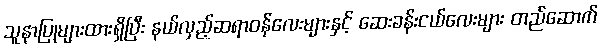
သူနာပြုများထားရှိပြီး နယ်လှည့်ဆရာဝန်လေးများနှင့် ဆေးခန်းငယ်လေးများ တည်ဆောက်